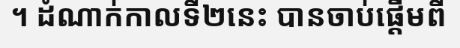
។ ដំណាក់កាលទី២នេះ បានចាប់ផ្តើមពី